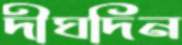
দীঘদিন